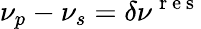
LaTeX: \nu_{p}-\nu_{s}=\delta\nu^{\mathrm{~r~e~s~}}